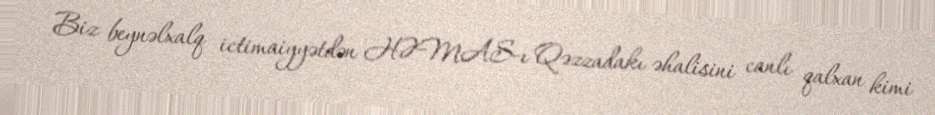
Biz beynəlxalq ictimaiyyətdən HƏMAS-ı Qəzzadakı əhalisini canlı qalxan kimi